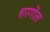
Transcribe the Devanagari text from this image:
शरगोल